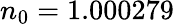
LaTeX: n_{0}=1.000279